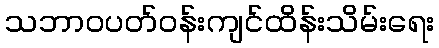
သဘာဝပတ်ဝန်းကျင်ထိန်းသိမ်းရေး